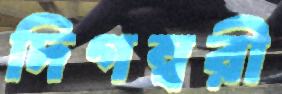
দিগম্বরী